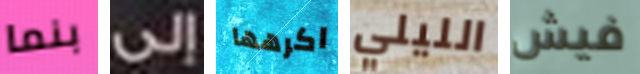
بنما إلى اكرهها الليلي فيش